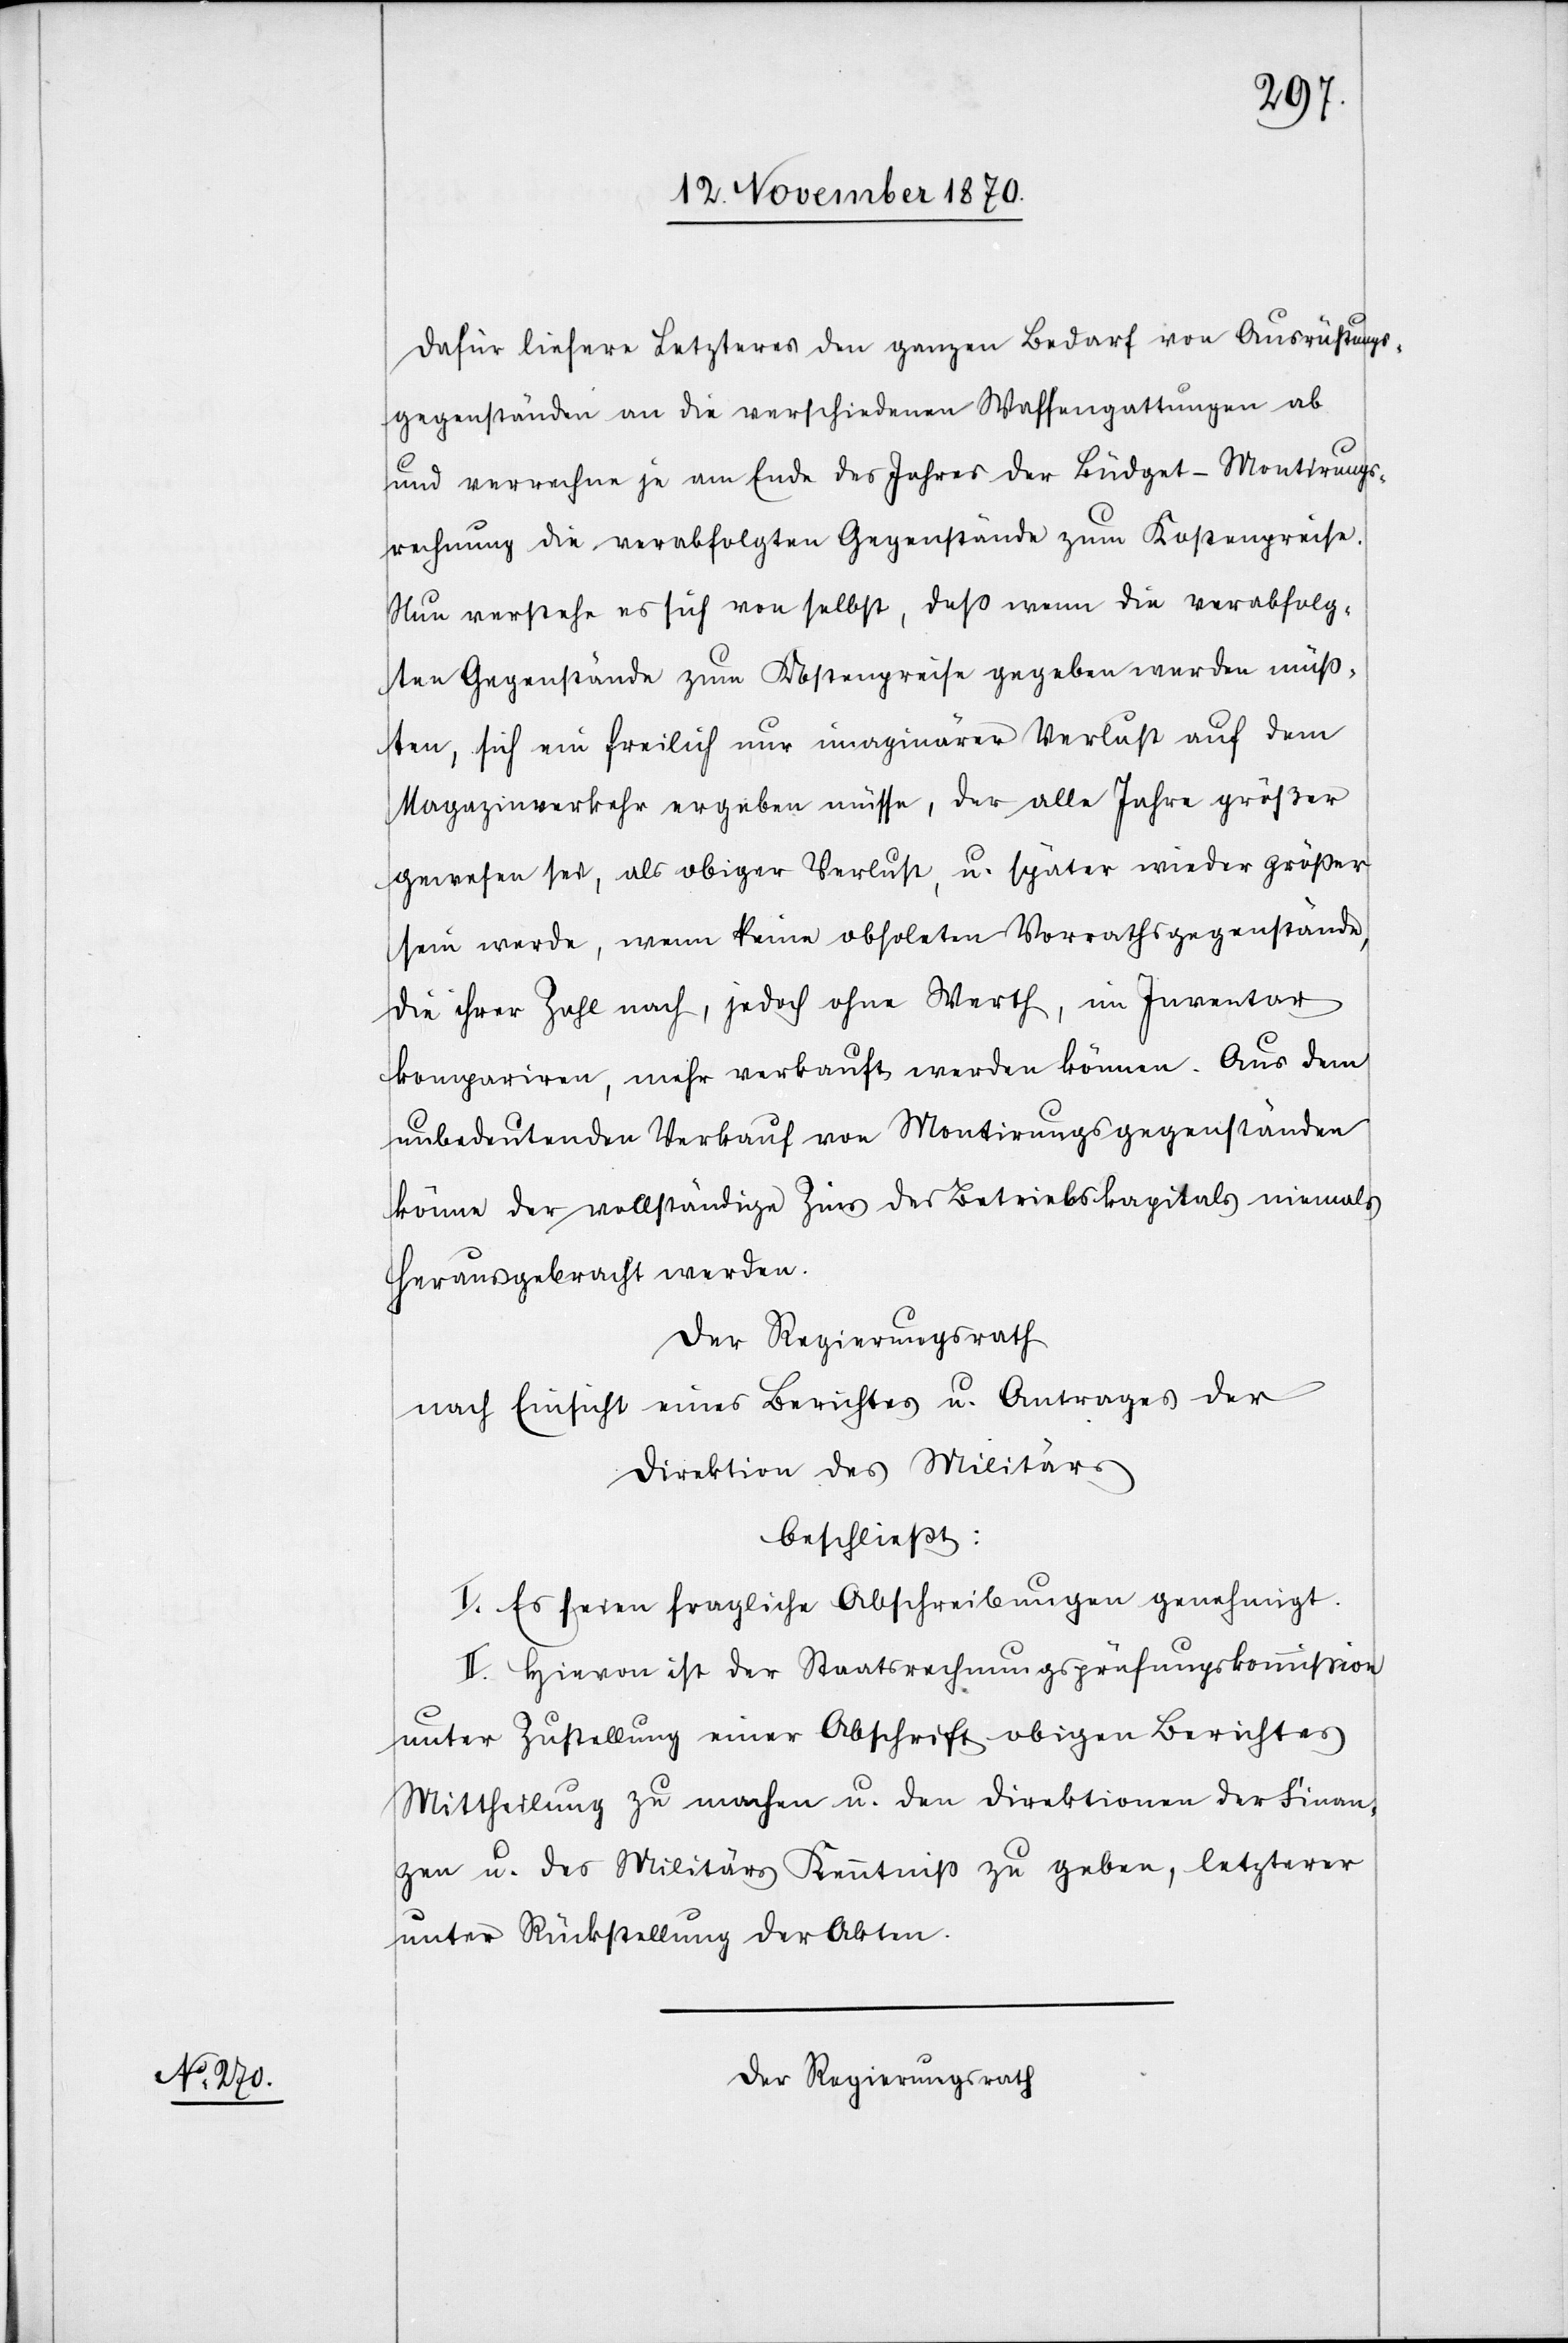
dafür liefere Letzteres den ganzen Bedarf von Ausrüstungs¬
gegenständen an die verschiedenen Waffengattungen ab
und verrechne je am Ende des Jahres der Büdget-Montirungs¬
rechnung die verabfolgten Gegenstände zum Kostenpreise.
Nun verstehe es sich von selbst, daß wenn die verabfolg¬
ten Gegenstände zum Kostenpreise gegeben werden müß¬
ten, sich ein freilich nur imaginärer Verlust auf dem
Magazinverkehr ergeben müsse, der alle Jahre größer
gewesen sei, als obiger Verlust, u. später wieder größer
sein werde, wenn keine obsoleten Vorrathsgegenstände,
die ihrer Zahl nach, jedoch ohne Werth, im Inventar
kompariren, mehr verkauft werden können. Aus dem
unbedeutenden Verkauf von Montirungsgegenständen
könne der vollständige Zins des Betriebskapitals niemals
herausgebracht werden.
Der Regierungsrath
nach Einsicht eines Berichtes u. Antrages der
Direktion des Militärs
beschließt:
I. Es seien fragliche Abschreibungen genehmigt.
II. Hievon ist der Staatsrechnungsprüfungskommißion
unter Zustellung einer Abschrift obigen Berichtes
Mittheilung zu machen u. den Direktionen der Finan¬
zen u. des Militärs Kenntniß zu geben, letzterer
unter Rückstellung der Akten.
Der Regierungsrath